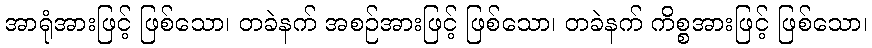
အာရုံအားဖြင့် ဖြစ်သော၊ တခဲနက် အစဉ်အားဖြင့် ဖြစ်သော၊ တခဲနက် ကိစ္စအားဖြင့် ဖြစ်သော၊